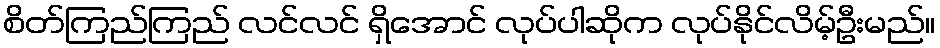
စိတ်ကြည်ကြည် လင်လင် ရှိအောင် လုပ်ပါဆိုက လုပ်နိုင်လိမ့်ဦးမည်။